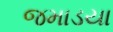
જમાડયા